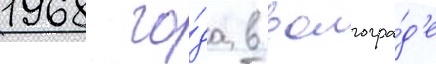
1968 го́да в волгогра́д'е